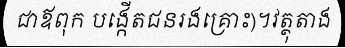
ជាឪពុក បង្កើតជនរងគ្រោះ)។វត្ថុតាង